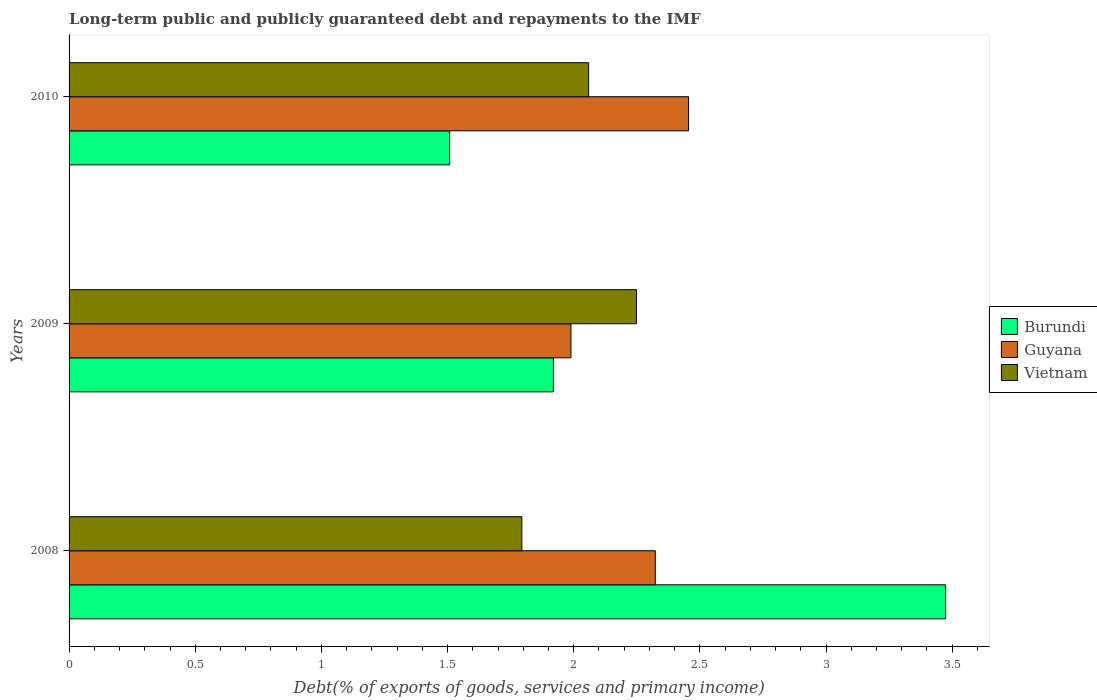
| Years | Burundi | Guyana | Vietnam |
 | --- | --- | --- | --- |
 | 2008 | 3.47 | 2.32 | 1.79 |
 | 2009 | 1.92 | 1.99 | 2.25 |
 | 2010 | 1.51 | 2.46 | 2.06 |